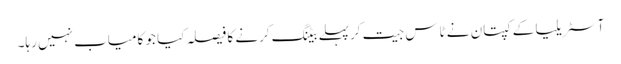
آسٹریلیا کے کپتان نے ٹاس جیت کرپہلے بیٹنگ کرنے کا فیصلہ کیا جو کامیاب نہیں رہا۔